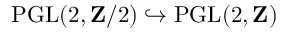
\operatorname { P G L } ( 2 , \mathbf { Z } / 2 ) \hookrightarrow \operatorname { P G L } ( 2 , \mathbf { Z } )